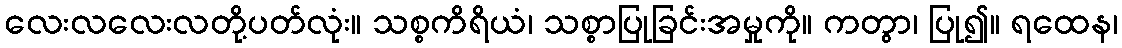
လေးလလေးလတို့ပတ်လုံး။ သစ္စကိရိယံ၊ သစ္စာပြုခြင်းအမှုကို။ ကတွာ၊ ပြု၍။ ရထေန၊